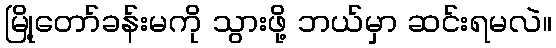
မြို့တော်ခန်းမကို သွားဖို့ ဘယ်မှာ ဆင်းရမလဲ။